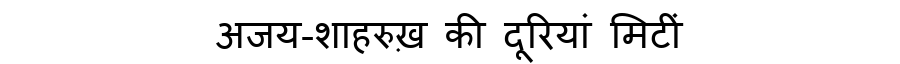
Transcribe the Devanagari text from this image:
अजय-शाहरुख़ की दूरियां मिटीं